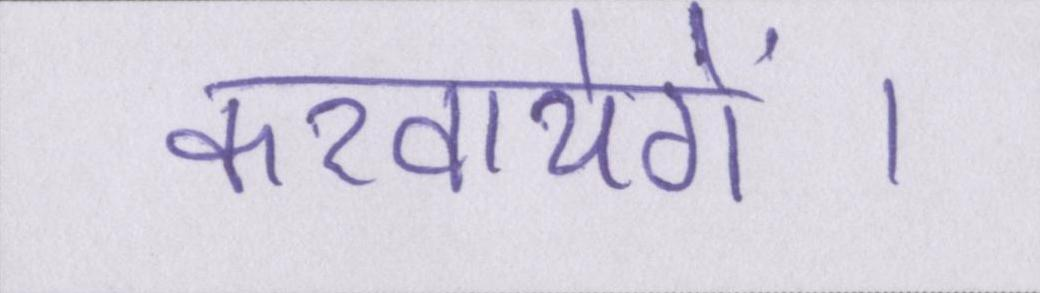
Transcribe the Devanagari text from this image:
करवायेगें।